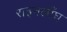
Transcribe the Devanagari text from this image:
राइनलाँघ